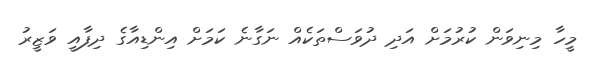
މީހާ މިނިވަން ކުރުމަށް އަދި ދުވަސްތަކެއް ނަގާނެ ކަމަށް އިންޑިއާގެ ދިފާއީ ވަޒީރު